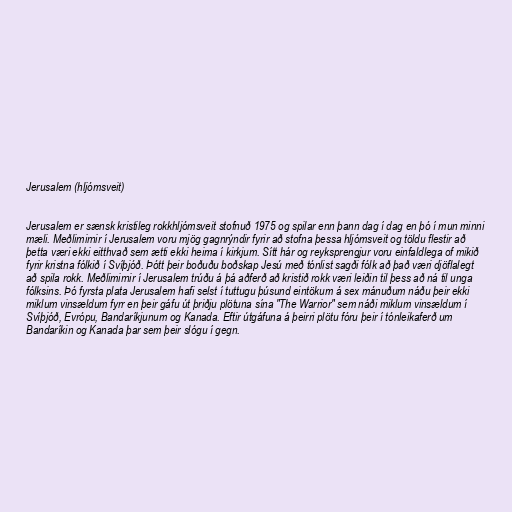
Jerusalem (hljómsveit)

Jerusalem er sænsk kristileg rokkhljómsveit stofnuð 1975 og spilar enn þann dag í dag en þó í mun minni
mæli. Meðlimirnir í Jerusalem voru mjög gagnrýndir fyrir að stofna þessa hljómsveit og töldu flestir að
þetta væri ekki eitthvað sem ætti ekki heima í kirkjum. Sítt hár og reyksprengjur voru einfaldlega of mikið
fyrir kristna fólkið í Svíþjóð. Þótt þeir boðuðu boðskap Jesú með tónlist sagði fólk að það væri djöflalegt
að spila rokk. Meðlimirnir í Jerusalem trúðu á þá aðferð að kristið rokk væri leiðin til þess að ná til unga
fólksins. Þó fyrsta plata Jerusalem hafi selst í tuttugu þúsund eintökum á sex mánuðum náðu þeir ekki
miklum vinsældum fyrr en þeir gáfu út þriðju plötuna sína "The Warrior" sem náði miklum vinsældum í
Svíþjóð, Evrópu, Bandaríkjunum og Kanada. Eftir útgáfuna á þeirri plötu fóru þeir í tónleikaferð um
Bandaríkin og Kanada þar sem þeir slógu í gegn.